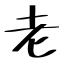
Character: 老